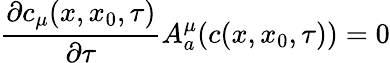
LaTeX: \frac{\partial c_{\mu}(x,x_{0},\tau)}{\partial\tau}A_{a}^{\mu}(c(x,x_{0},\tau))=0